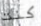
كنت